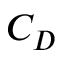
C _ { D }